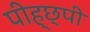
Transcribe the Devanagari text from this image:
पीह्छ्पी